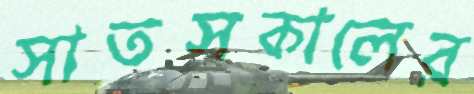
সাতসকালের